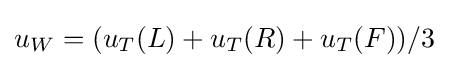
u_{W}=(u_{T}(L)+u_{T}(R)+u_{T}(F))/3